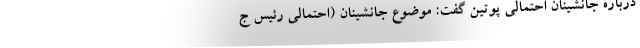
درباره جانشینان احتمالی پوتین گفت: موضوع جانشینان (احتمالی رئیس ج